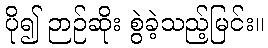
ပို၍ ဉာဉ်ဆိုး စွဲခဲ့သည့်မြင်း။